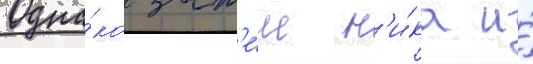
Одна́ко зат'е́м н'и́ка и́